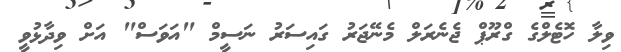
ވިލާ ހޮޓެލްގެ ގްރޫޕް ޖެނެރަލް މެނޭޖަރު ގައިސަރު ނަސީމް "އަވަސް" އަށް ވިދާޅުވީ